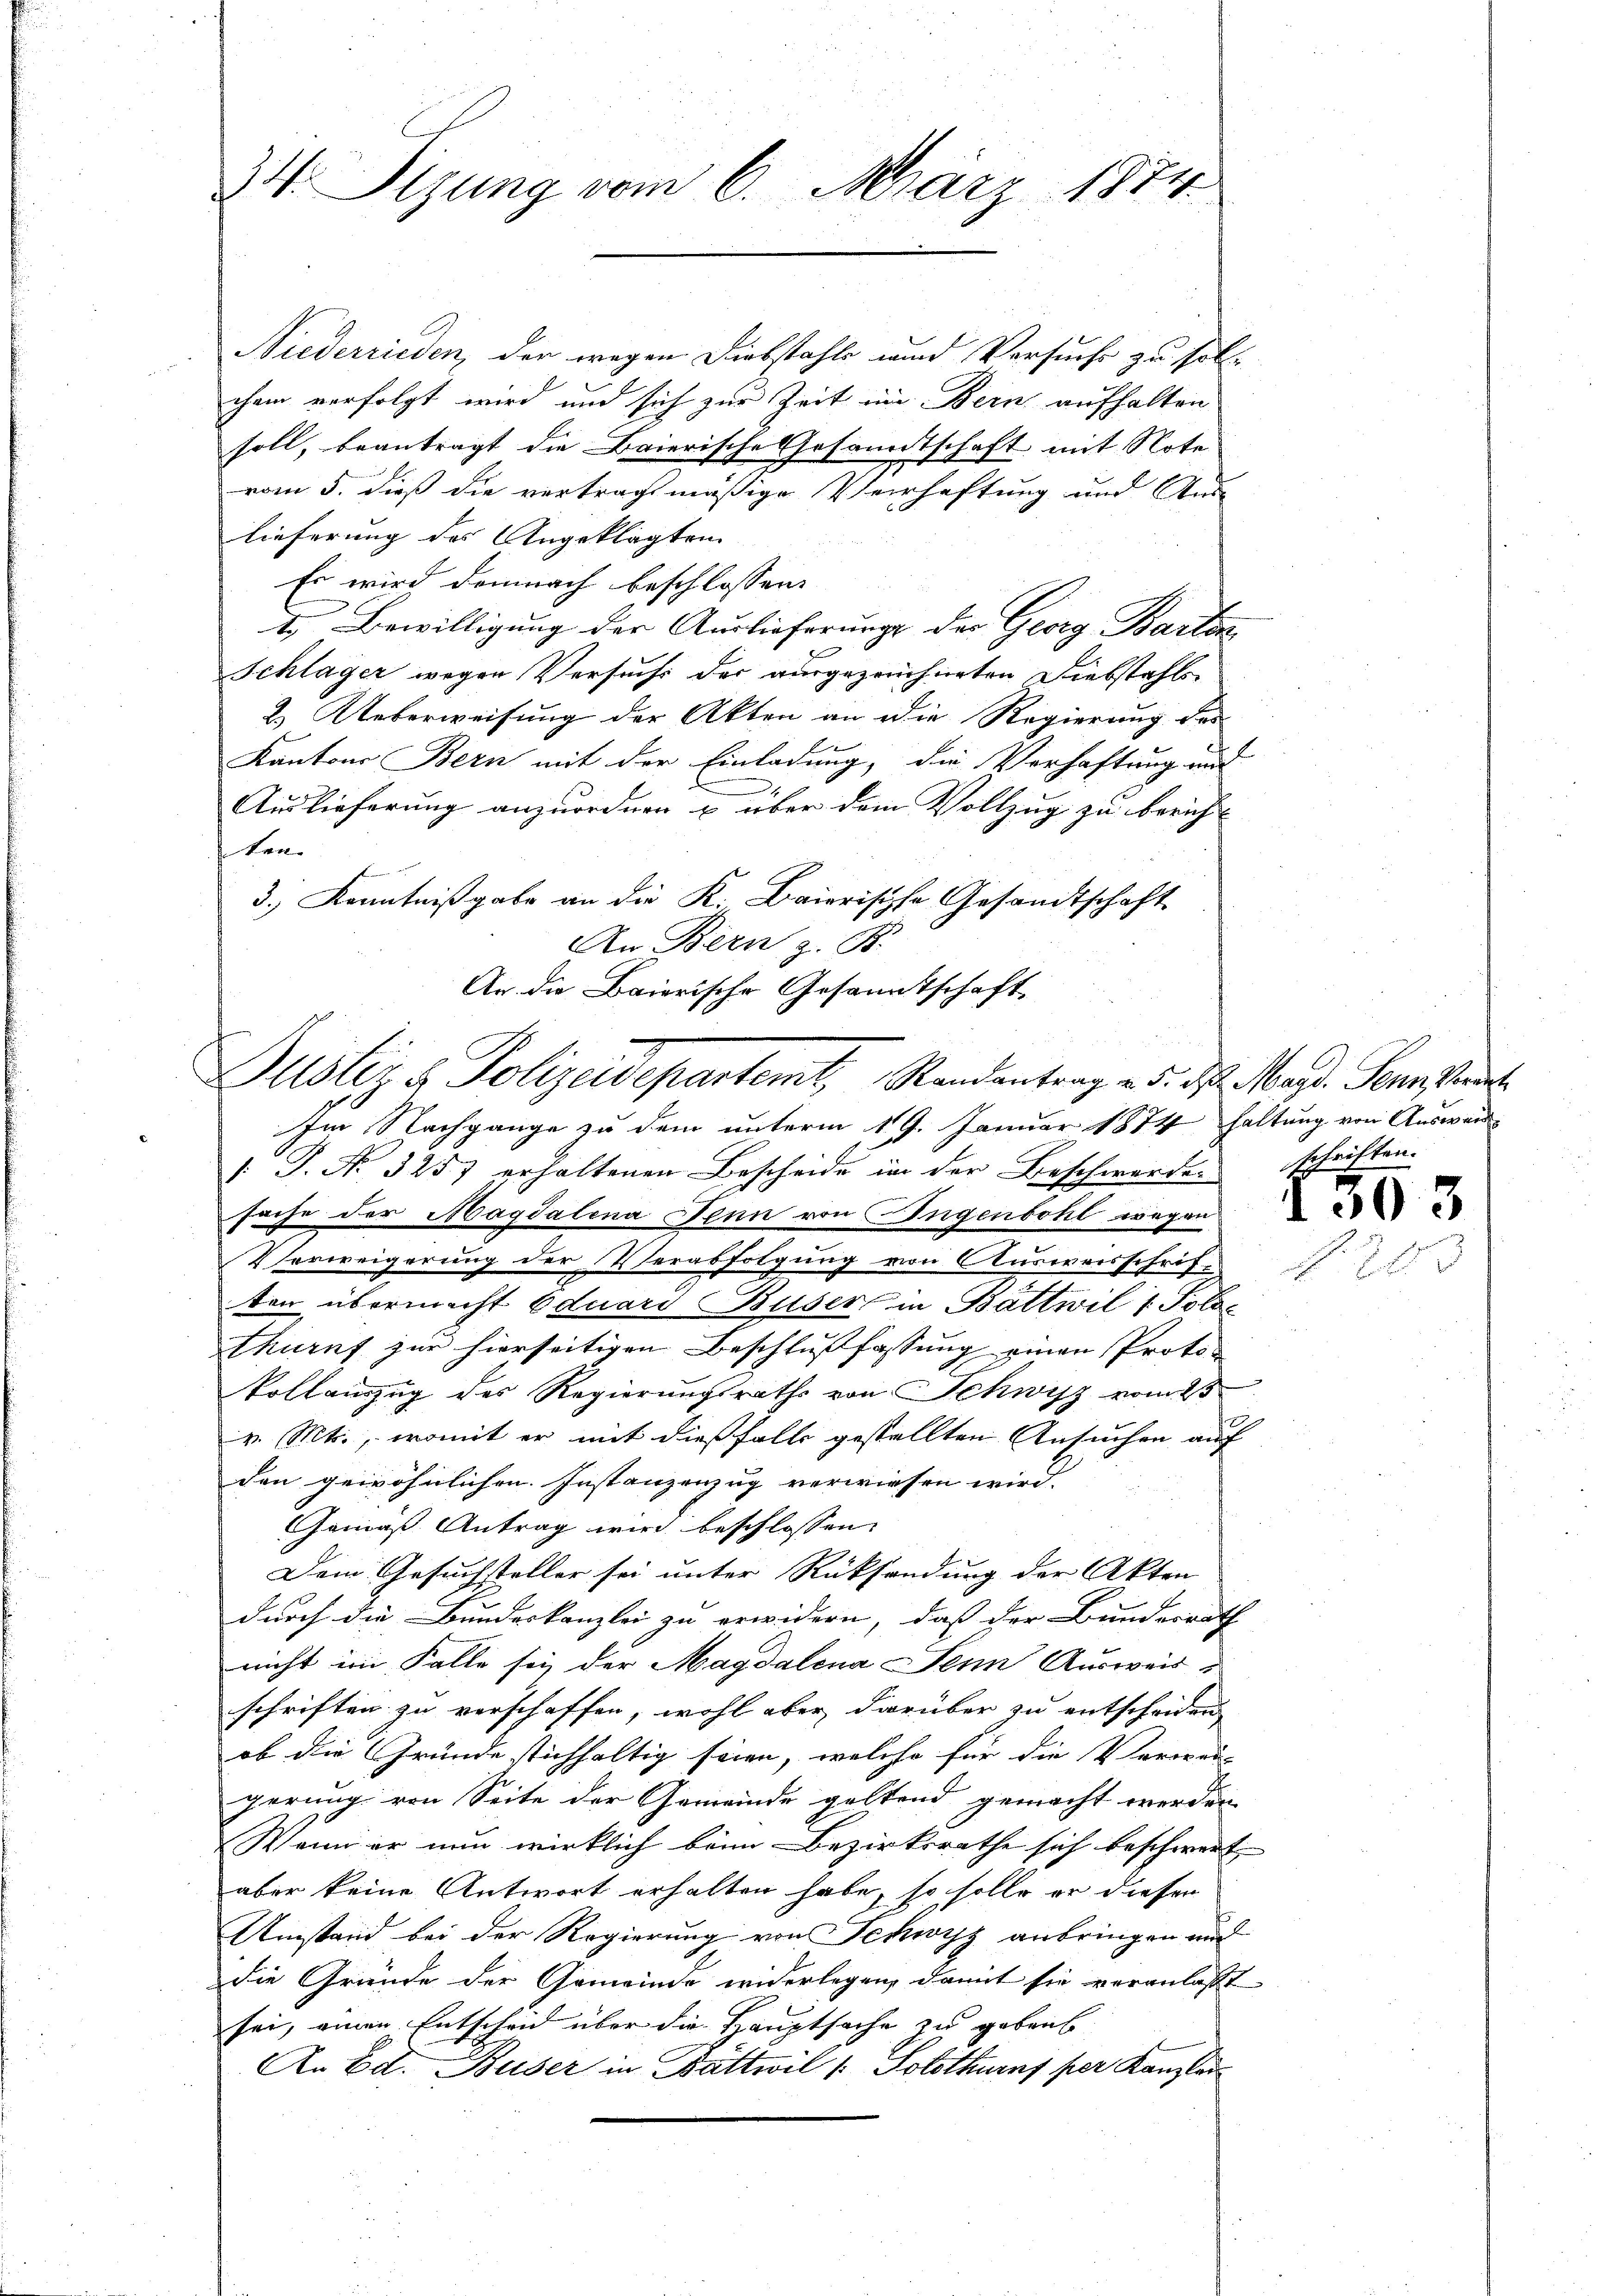
34 Sizung vom 6. März 1874.

Niederrieden, der wegen Diebstahle und Versuchs zu soll.
chem verfolgt wird und sich zur Zeit im Bern aufhalten
soll, beantragt die Baierische Gesandtschaft mit Note
vom 5. dieß die vertragsmäßige Verhaftung und Aus-
lieferung des Angeklagten
Es wird demnach beschlossen:
1. Bewilligung der Auslieferung der Georg Bartan
Schläger wegen Versuchs der ausgezeichneten Diebstahls
2.) Ueberweisung der Akten an die Regierung das
Kantons Bern mit der Einladung, die Verhaftung und
Auslieferung anzuordnen u über dem Vollzug zu bericht
ten.
3.) Kenntnißgabe an die K. Baierische Gesandtschaft
An Bern z. B.
An die Baierische Gesandtschaft,

Justiz & Polizeidepartemt Randantrag u. d. d. Mart. Sonst

Im Nachgange zu dem unterm 19. Januar 1874 haltung von Auswand
/: P. Nr. 3257 erhaltenen Bescheide in der Beschwerden schriften.
suche der Magdalena Denn von Ingenbohl wegen
VVerweigerung der Verabfolgung von Ausweisschriften übermacht Eduard Buser in Battwil 1 Polo-
thurn zur hierseitigen Beschlußfassung einen Proto- |
kollauszug des Regierungsraths von Schwyz vom 23
v. Mts., womit er mit dießfalls gestellten Ansuchen auf
den gewöhnlichen Instanzenzug verwiesen wird.
Gemäss Antrag wird beschlossen
Dem Gesuchsteller sei unter Rücksendung der Akten
durch die Bundeskanzlei zu erwidern, daß der Bundesrath
nicht im Falle sey der Magdalena Senn Ausweis
schriften zu verschaffen, wohl aber darüber zu entscheiden
ob die Gründe stichhaltig seien, welche für die Verwar-
gerung von Seite der Gemeinde geltend gemacht werden
Wann er nun wirklich beim Bezirksrathe sich beschwert
aber keine Antwort erhalten habe, so solle er dieser
Umstand bei der Regierung von Schwyz anbringen und
die Gründe der Gemeinde widerlegen, damit sie veranlaßt
sei, einen Entscheid über die Hauptsache zu gebaut
An Ed. Buser in Battwil /: Solothurns per Kanzlei

I 503